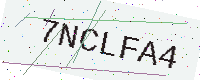
Text: 7NCLFA4